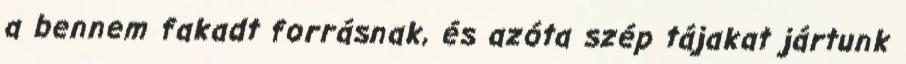
a bennem fakadt forrásnak, és azóta szép tájakat jártunk